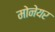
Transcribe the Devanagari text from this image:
मोनेयर